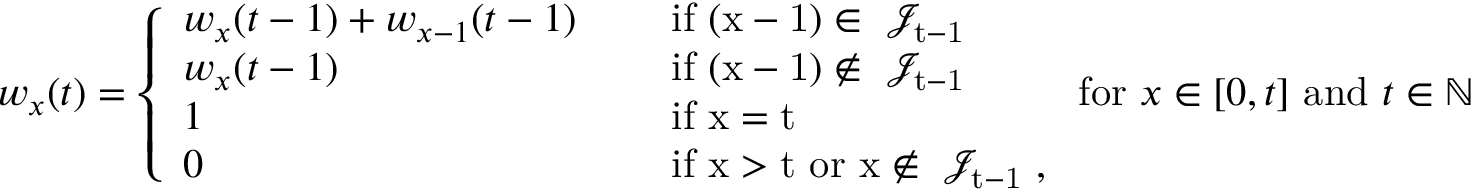
w _ { x } ( t ) = \left\{ \begin{array} { l l } { w _ { x } ( t - 1 ) + w _ { x - 1 } ( t - 1 ) \quad } & { \mathrm { ~ i f ~ ( x - 1 ) \in ~ \mathcal { J } _ { t - 1 } ~ } } \\ { w _ { x } ( t - 1 ) } & { \mathrm { ~ i f ~ ( x - 1 ) \notin ~ \mathcal { J } _ { t - 1 } ~ } } \\ { 1 } & { \mathrm { ~ i f ~ x = t ~ } } \\ { 0 } & { \mathrm { ~ i f ~ x > t ~ o r ~ x \notin ~ \mathcal { J } _ { t - 1 } ~ } , } \end{array} \right. \mathrm { f o r ~ } x \in [ 0 , t ] \mathrm { ~ a n d ~ } t \in \mathbb { N }